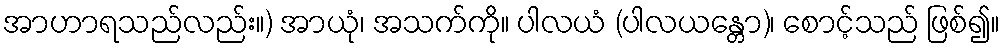
အာဟာရသည်လည်း။) အာယုံ၊ အသက်ကို။ ပါလယံ (ပါလယန္တော)၊ စောင့်သည် ဖြစ်၍။